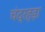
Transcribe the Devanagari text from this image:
चंद्रहड़ा